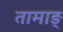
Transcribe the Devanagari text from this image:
तामाङ्‌